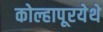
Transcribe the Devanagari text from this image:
कोल्हापूरयेथे